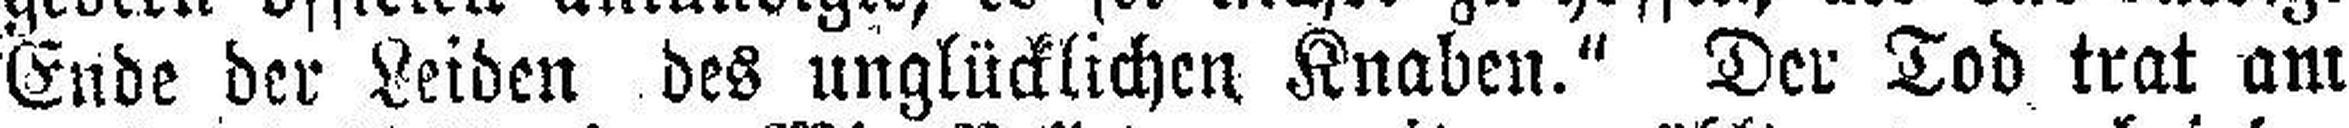
Ende der Leiden des unglücklichen Knaben." Der Tod trat am